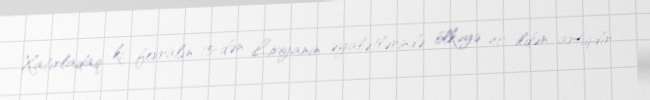
Xatırladaq ki, fevralın 15-dən Liviyanın əyalətlərində ölkəyə 40 ildən artıqdır